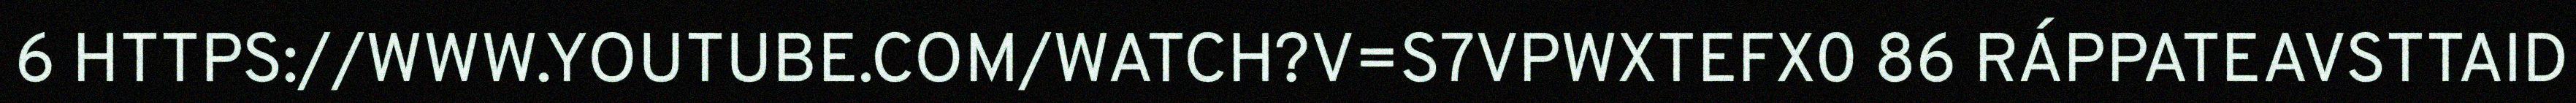
6 HTTPS://WWW.YOUTUBE.COM/WATCH?V=S7VPWXTEFX0 86 RÁPPATEAVSTTAID